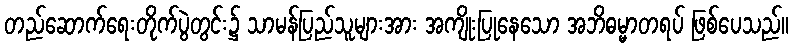
တည်ဆောက်ရေးတိုက်ပွဲတွင်း၌ သာမန်ပြည်သူများအား အကျိုးပြုနေသော အဘိဓမ္မာတရပ် ဖြစ်ပေသည်။